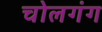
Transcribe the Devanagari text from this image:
चोलगंग